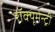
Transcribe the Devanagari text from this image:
रॉक्यूमेन्ट्री